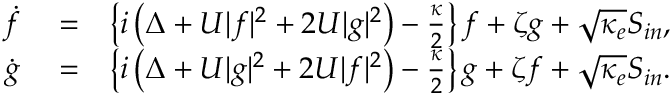
\begin{array} { r l r } { \dot { f } } & { { } = } & { \left\{ i \left( \Delta + U | f | ^ { 2 } + 2 U | g | ^ { 2 } \right) - \frac { \kappa } { 2 } \right\} f + \zeta g + \sqrt { \kappa _ { e } } S _ { i n } , } \\ { \dot { g } } & { { } = } & { \left\{ i \left( \Delta + U | g | ^ { 2 } + 2 U | f | ^ { 2 } \right) - \frac { \kappa } { 2 } \right\} g + \zeta f + \sqrt { \kappa _ { e } } S _ { i n } . } \end{array}